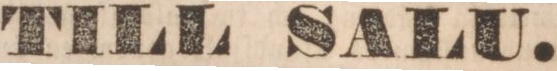
TILL SALU.